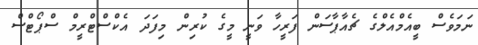
ނަމަވެސް ބީއެމްއެލްގެ ޗެއާޕާސަން ފަރީހާ ވަނީ މީގެ ކުރިން މިފަދަ އެކްސްޓްރީމް ސްޕޯޓްސް